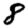
Digit: 8